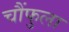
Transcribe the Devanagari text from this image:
चौंफुला